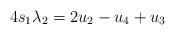
\begin{align*}\begin{aligned}4s_1\lambda_2 = 2u_2 - u_4 + u_3 \\\end{aligned}\end{align*}